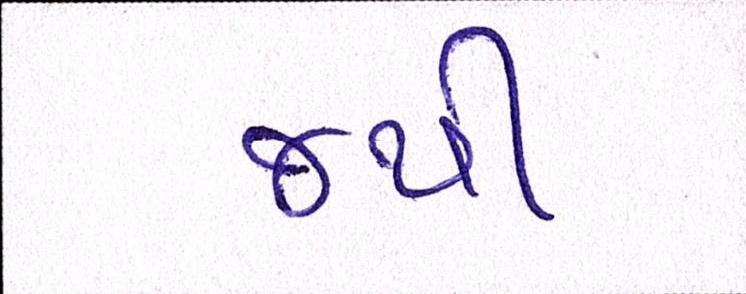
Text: જથી